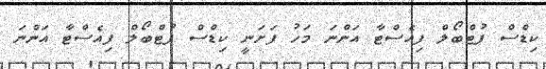
ކިޑްސް ފުޓްބޯލް ފިއެސްޓާ އަންނަ މަހު ފަށަނީ ކިޑްސް ފުޓްބޯލް ފިއެސްޓާ އަންނަ